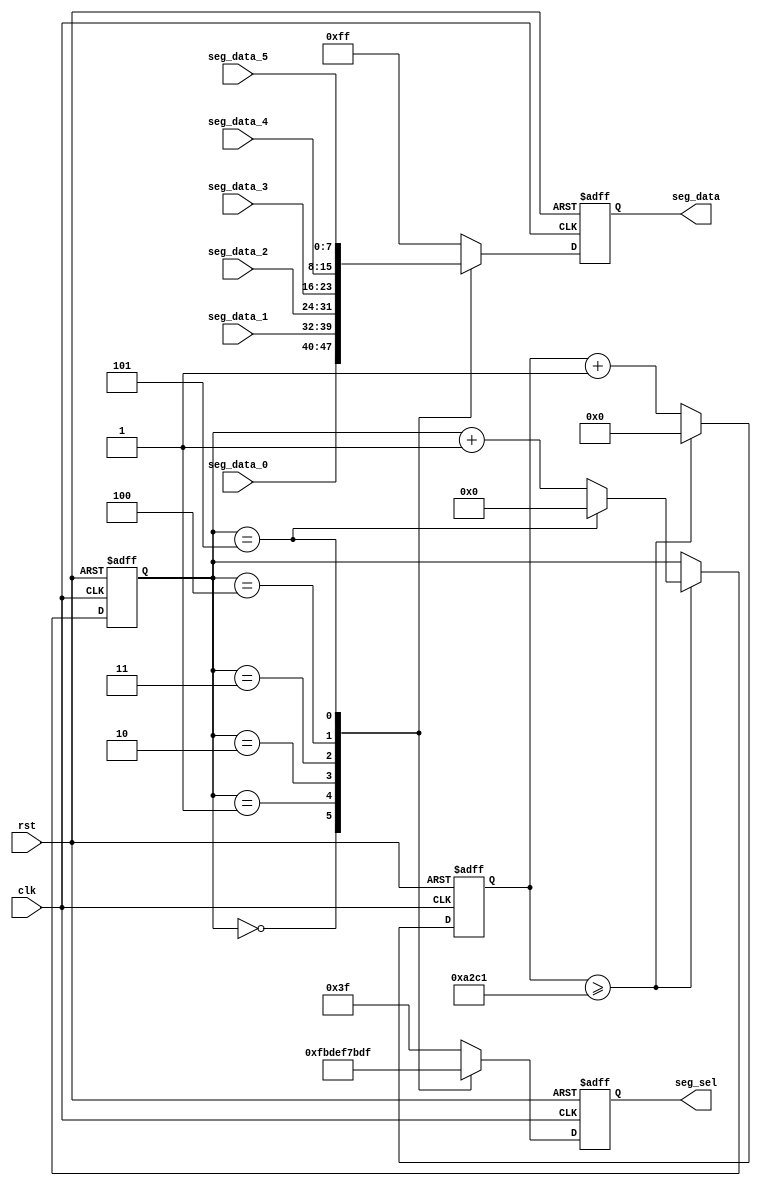
///////////////////////////
module seg_scan(
    input           clk,
    input           rst,
    output reg[5:0]     seg_sel,
    output reg[7:0]     seg_data,
    input[7:0]      seg_data_0,
    input[7:0]      seg_data_1,
    input[7:0]      seg_data_2,
    input[7:0]      seg_data_3,
    input[7:0]      seg_data_4,
    input[7:0]      seg_data_5
);
parameter SCAN_FREQ = 200;
parameter SYSCLK = 50000000; //  Mhz
parameter SCAN_COUNT = SYSCLK/(SCAN_FREQ*6) - 1;

reg[31:0]   scan_time;
reg[3:0]    scan_sel;

always @(posedge clk or negedge rst) begin
    if(rst == 1'b0)
    begin
        scan_time <= 32'd0;
        scan_sel <= 4'd0;
    end
    else if(scan_time >= SCAN_COUNT)
    begin
        scan_time <= 32'd0;
        if(scan_sel == 4'd5)
            scan_sel <= 4'd0;
        else
            scan_sel <= scan_sel + 4'd1;
    end
    else
    begin 
        scan_time <= scan_time + 32'd1;
    end
end

always @(posedge clk or negedge rst) begin
    if(rst == 1'b0)
    begin
        seg_sel <= 6'b11_1111;
        seg_data <= 8'hff; 
    end
    else
    begin
        case ( scan_sel )
        4'd0:
		  begin
            seg_sel <= 6'b11_1110;
            seg_data <= seg_data_0;
			end
        4'd1:
		  begin
            seg_sel <= 6'b11_1101;
            seg_data <= seg_data_1;
			end
        4'd2:
		  begin
            seg_sel <= 6'b11_1011;
            seg_data <= seg_data_2;  
			end
        4'd3:
		  begin
            seg_sel <= 6'b11_0111;
            seg_data <= seg_data_3;
				end
        4'd4:
				begin
            seg_sel <= 6'b10_1111;
            seg_data <= seg_data_4;
				end
        4'd5:
		  begin
            seg_sel <= 6'b01_1111;
            seg_data <= seg_data_5;
				end
          default: 
			 begin
				seg_sel <= 6'b11_1111;
				seg_data <= 8'hff;
			end
        endcase
    end
end

endmodule